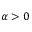
\alpha > 0